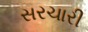
સરચારી